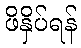
ဖိနှိပ်ရန်